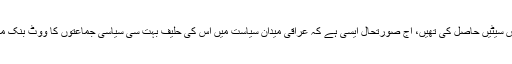
سقوط صدام کے بعد عراق کے پہلے ہی انتخابات میں اس کی جماعت نے چالیس سیٹیں حاصل کی تھیں، آج صورتحال ایسی ہے کہ عراقی میدان سیاست میں اس کی حلیف بہت سی سیاسی جماعتوں کا ووٹ بنک متاثر دیکھائی دیتا ہے تو دوسری جانب مقتدی الصدر کا ووٹ بنک بڑھ چکا ہے۔